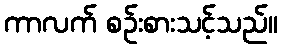
ကာလက် စဉ်းစားသင့်သည်။